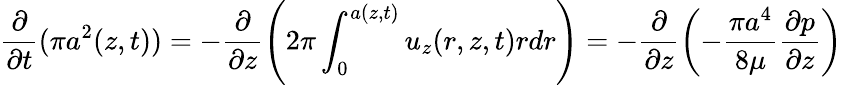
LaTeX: \frac{\partial}{\partial t}(\pi a^{2}(z,t))=-\frac{\partial}{\partial z}\left(2\pi\int_{0}^{a(z,t)}u_{z}(r,z,t)rdr\right)=-\frac{\partial}{\partial z}\left(-\frac{\pi a^{4}}{8\mu}\frac{\partial p}{\partial z}\right)